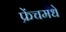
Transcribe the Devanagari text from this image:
फ्रेंचमधे